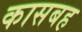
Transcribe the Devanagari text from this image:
कासबह